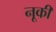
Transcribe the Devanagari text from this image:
नूकी